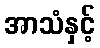
အာသံနှင့်